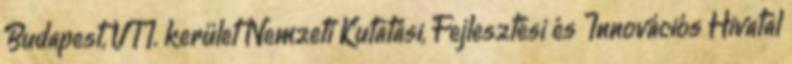
Budapest, VII. kerület Nemzeti Kutatási, Fejlesztési és Innovációs Hivatal